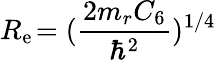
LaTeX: R_{\mathrm{e}}\! =(\frac{{2m_{r}C_{6}}}{{\hbar^{2}}})^{1/4}